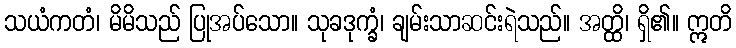
သယံကတံ၊ မိမိသည် ပြုအပ်သော။ သုခဒုက္ခံ၊ ချမ်းသာဆင်းရဲသည်။ အတ္ထိ၊ ရှိ၏။ ဣတိ